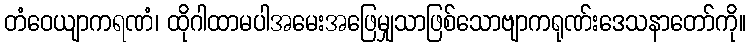
တံဝေယျာကရဏံ၊ ထိုဂါထာမပါအမေးအဖြေမျှသာဖြစ်သောဗျာကရုဏ်းဒေသနာတော်ကို။